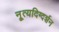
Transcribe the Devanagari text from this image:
नृ्त्यदिग्दर्शन